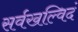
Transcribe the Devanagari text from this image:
सर्वखल्विदं